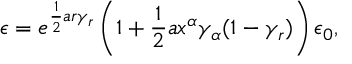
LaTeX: \epsilon = e ^ { \frac { 1 } { 2 } a r \gamma _ { r } } \left( 1 + \frac { 1 } { 2 } a x ^ { \alpha } \gamma _ { \alpha } ( 1 - \gamma _ { r } ) \right) \epsilon _ { 0 } ,